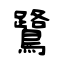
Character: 鷺